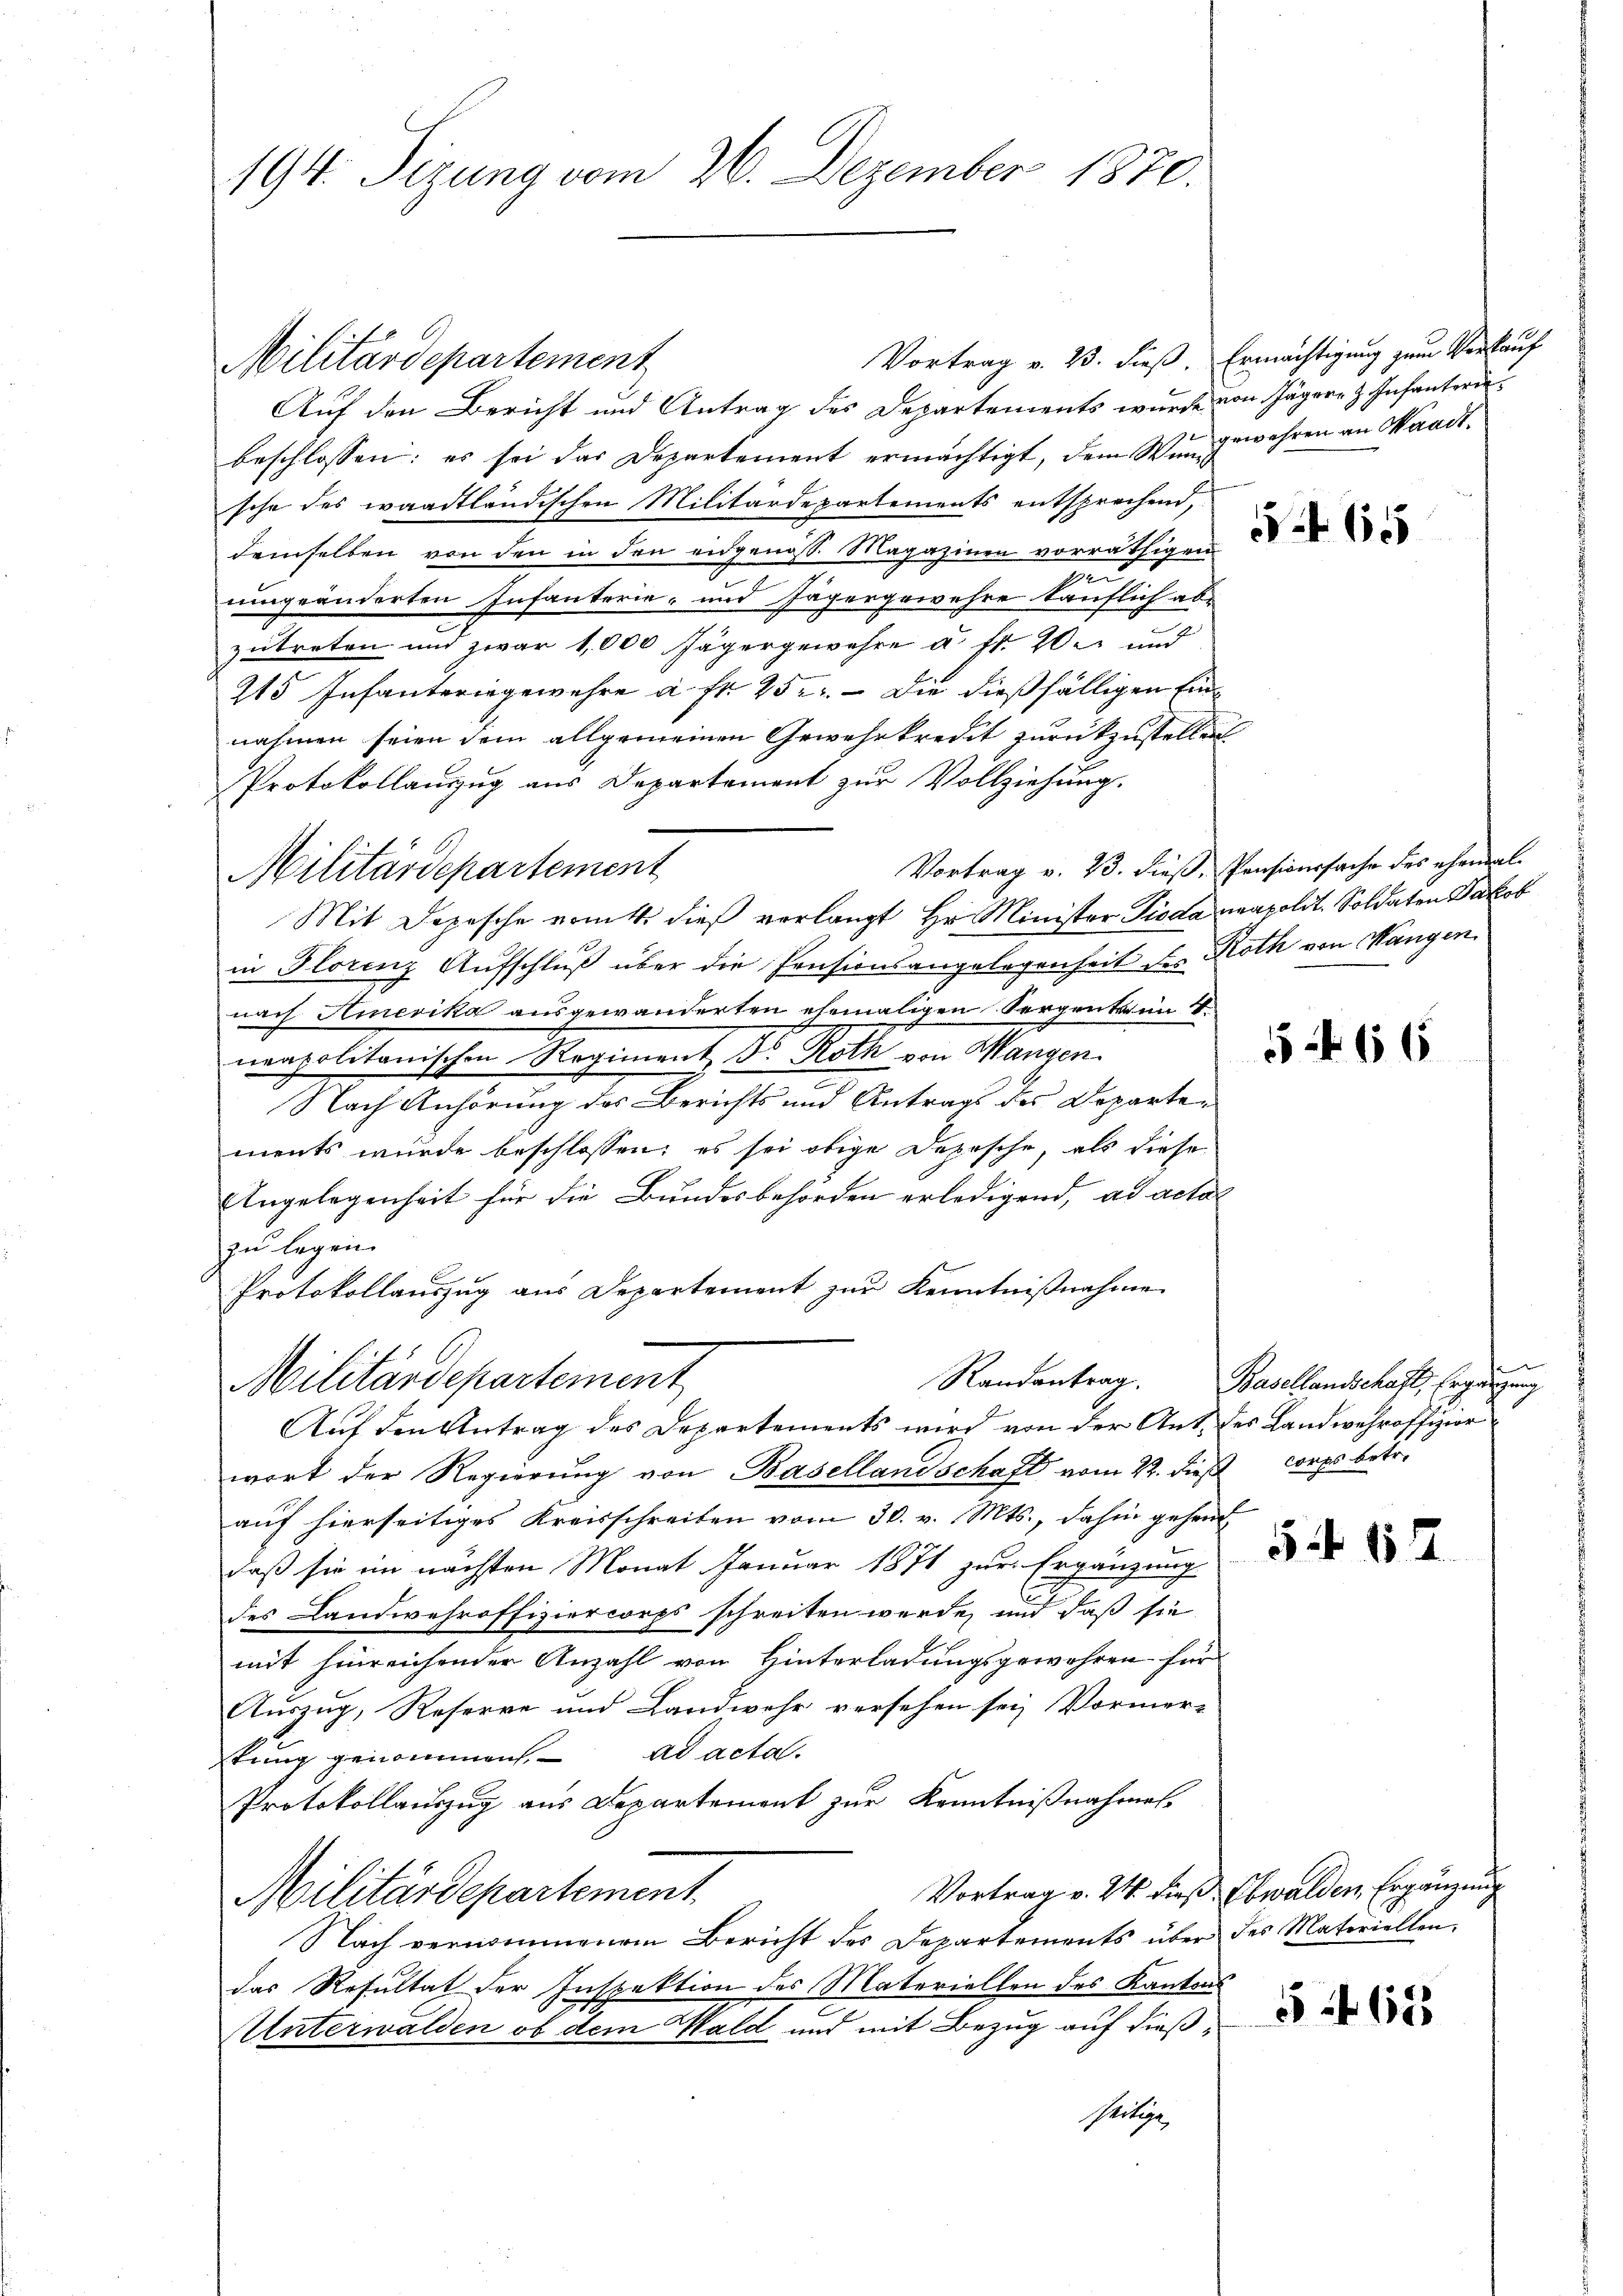
Militärdepartement
Auf den Bericht und Antrag des Departements wurde von Jägere z. Infanteri
beschlossen: es sei das Departement ermächtigt, dem Wengewahren an Waadtsche des waadtländischen Militärdepartements entsprechend,
demselben von den in den eidgenöss. Magazinen vorräthigen
ann
umgeänderten Infanterie- und Jägergewehre tauflich abe
zutreten und zwar 1,000 Jägergewahre u. fr. 20. und
215 Infanteringewehre a fr. 252. — Die dießfälligen Einnahmen seien dem allgemeinen Gewehrkredit zurückzustellen
Protokollauszug aus Departement zur Vollziehung.
Mit Depesche vom 4. dieß verlangt Hr. Minister Pioda neapolit. Soldaten Jakob
in Florenz Aufschluß über die Pensionsangelegenheit der Roth von Wangen
nach Amerika ausgewanderten ehemaligen Sergenta in 4
mapolitonischen Regiment, Sr. Mathe von Mangen.
Nach Anhörung des Berichts und Antrags des Departements wurde beschlossen; es sei obige Depesche, als diese
Angelegenheit für die Bundesbehörden erledigend, ad actal
zu legen.
Protokollauszug aus Departement zur Kenntnißnahme
Militärdepartement
Auf den Antrag des Departements wird von der Ant. des Landwehroffizier
wort der Regierung von Basellandschaft vom 22. dieß corps betr.
auf hierseitiges Kreisschreiben vom 30. v. Mts., dahin gehend
daß sie im nächsten Monat Januar 1871 zur Ergänzung
des Landwehroffiziercorps schreiten werde, und daß sie
mit hinreichender Anzahl von Hinterladungsgewahren für
Auszug, Reserve und Landwehr versehen sei, Vormer-
tung genommen. ad acta.
Protokollauszug aus Departement zur Kenntnißnahmel-
Vortrag v. 24. dieß. Obwalden Ergänzung
Militärdepartement
Nach vernommenem Bericht des Departements über des Materiellen,
das Resultat der Inspektion des Materiellen des Kantons
Unterwalden ob dem Wald und mit Bezug auf dieß¬
Pertig

194. Tizung vom 26. Dezember 1870.

Militärdepartement

Vortrag v. 23. dieß. Ermächtigung zum Verkauf

65

Vortrag v. 23. dieß, Pensionssache des ehemal

54. 156

x
Randantrag. Basellandschaft, Ergänzung

5 f 4 x

5 f 18